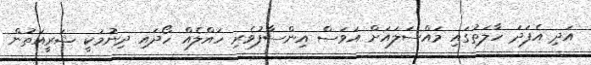
އަދި އެފަދަ ހާލަތުގައި މަައްސަލައަށް އަވަސް އިންސާފުވެރި ހައްލެއް ހޯދައި ދިނުމަކީ ޝަރީއަތުން